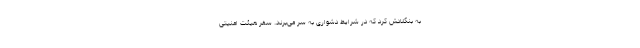
به بنگلادش کرد که در شرایط دشواری به سر می‌برند. سفر هیئت امنیتی